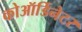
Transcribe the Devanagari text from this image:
कोऑर्डिनेटर